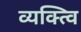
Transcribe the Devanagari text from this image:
व्यक्त्वि